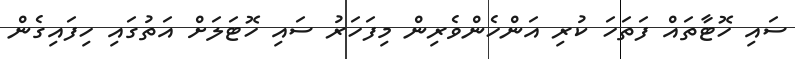
ސައި ހޮޓާތައް ފަތަހަ ކުރި އަންހެންވެރިން މިފަހަރު ސައި ހޮޓަލަށް އަތުގައި ހިފައިގެން